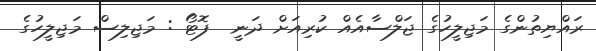
ރައްޔިތުންގެ މަޖިލީހުގެ ޖަލްސާއެއް ކުރިއަށް ދަނީ  ފޮޓޯ : މަޖިލިސް މަޖިލީހުގެ